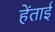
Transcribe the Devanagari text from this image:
हेंताई